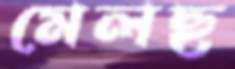
মেলছ